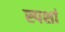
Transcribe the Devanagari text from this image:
स्पर्शा